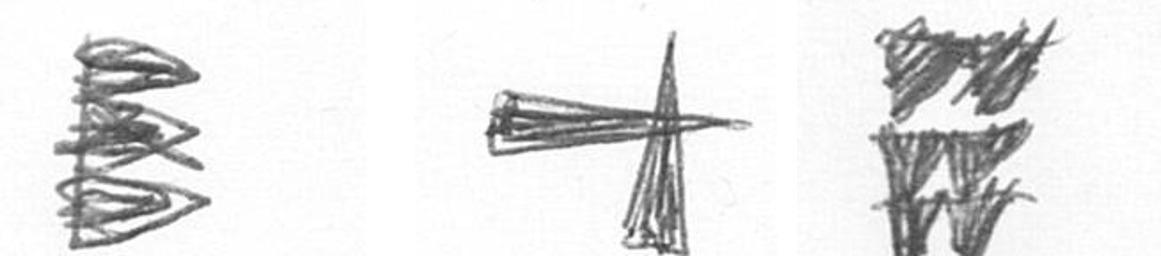
H G Y